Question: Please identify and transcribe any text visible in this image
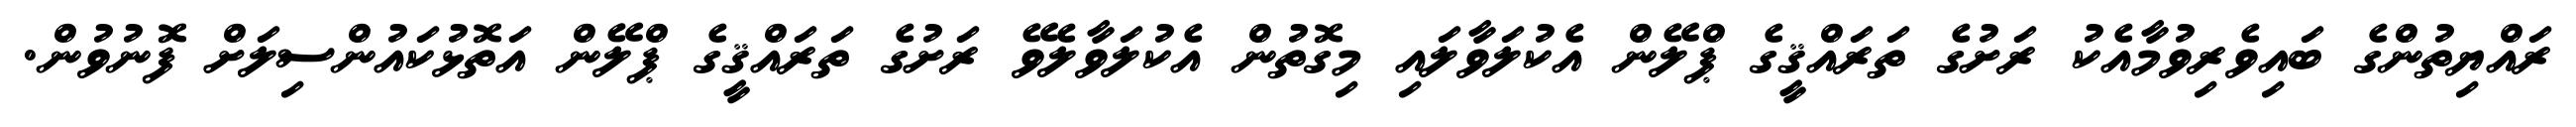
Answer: ރައްޔިތުންގެ ބައިވެރިވުމާއެކު ރަށުގެ ތަރައްޤީގެ ޕްލޭން އެކުލަވާލައި މިގޮތުން އެކުލަވާލެވޭ ރަށުގެ ތަރައްޤީގެ ޕްލޭން އަތޮޅުކައުންސިލަށް ފޮނުވުން.